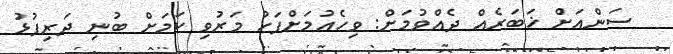
ސަންއަށް ޚަބަރެއް ދެއްވުމަށް: ވިހެއުމަށްފަހު މަރުވި ކަމަށް ބުނި ދަރިފުޅު